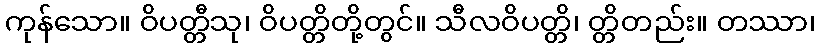
ကုန်သော။ ဝိပတ္တီသု၊ ဝိပတ္တိတို့တွင်။ သီလဝိပတ္တိ၊ တ္တိတည်း။ တဿာ၊